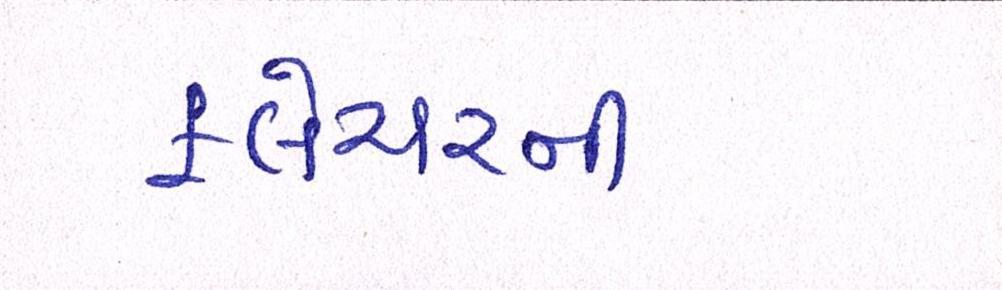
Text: ફ્લેચરની